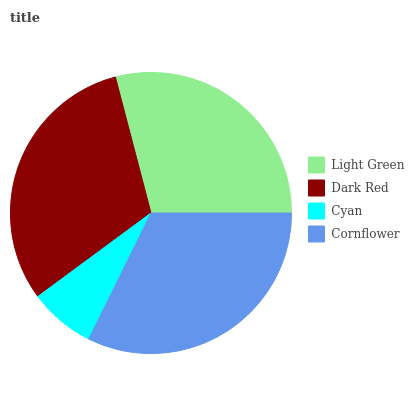
| Light Green | Dark Red | Cyan | Cornflower |
 | --- | --- | --- | --- |
 | 29.1% | 31% | 7.57% | 32.3% |